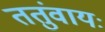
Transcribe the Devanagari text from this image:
ततुंवायः